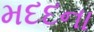
મદદના